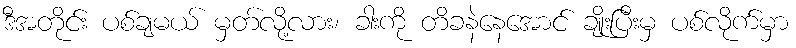
ဒီအတိုင်း ပစ်ချမယ် မှတ်လို့လား၊ ခါးကို တိခနဲနေအောင် ချိုးပြီးမှ ပစ်လိုက်မှာ